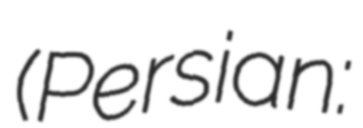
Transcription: (Persian: